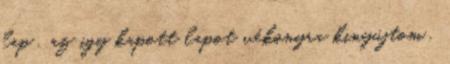
lap . az igy kapott lapot vékonyra kinyújtom ,